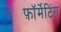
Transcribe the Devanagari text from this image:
फ़ॉर्मेटिंग